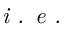
\textit { i . e . }